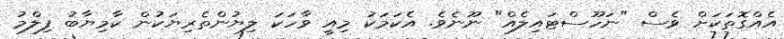
އެއްގޮތަކަށް ވެސް "ނަހޫސްޓައިލެއް" ނޫނެވެ. އެކަމަކު މިއީ ވާހަކަ ލިޔުންތެރިޔަކުން ކާމިޔާބު ފިލްމު